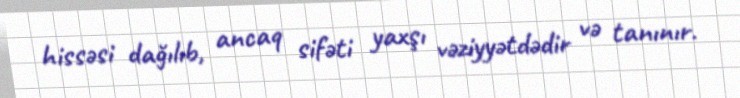
hissəsi dağılıb, ancaq sifəti yaxşı vəziyyətdədir və tanınır.